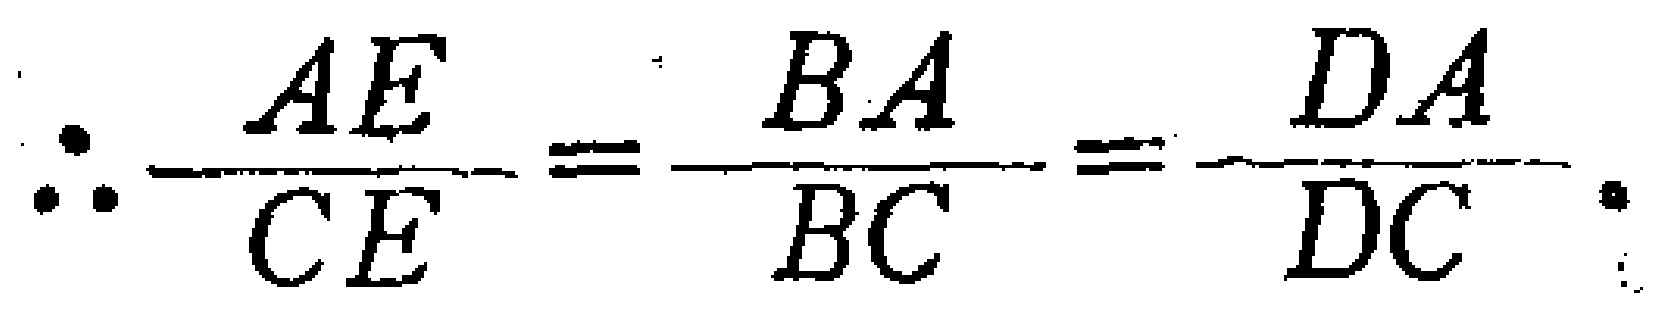
\(\therefore\frac{AE}{CE}=\frac{BA}{BC}=\frac{DA}{DC}.\)